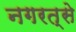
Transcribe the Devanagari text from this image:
नगरत्से